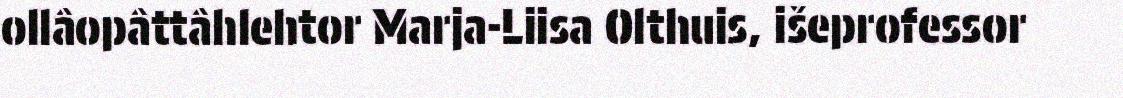
ollâopâttâhlehtor Marja-Liisa Olthuis, išeprofessor